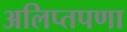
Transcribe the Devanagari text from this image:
अलिप्तपणा